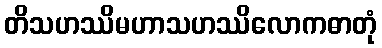
တိသဟဿိမဟာသဟဿိလောကဓာတုံ